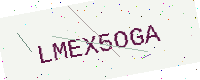
Text: LMEX5OGA